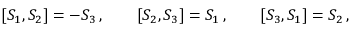
[ S _ { 1 } , S _ { 2 } ] = - S _ { 3 } \, , \qquad [ S _ { 2 } , S _ { 3 } ] = S _ { 1 } \, , \qquad [ S _ { 3 } , S _ { 1 } ] = S _ { 2 } \, ,